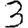
Digit: 3